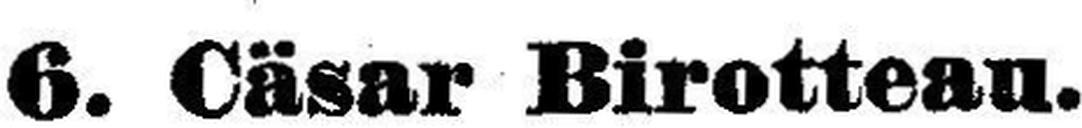
6. Cäsar Birotteau.